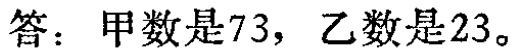
答：甲数是\(73\)，乙数是\(23\)。